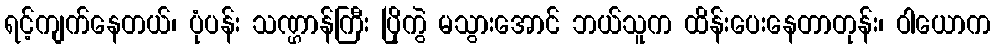
ရင့်ကျက်နေတယ်၊ ပုံပန်း သဏ္ဌာန်ကြီး ပြိုကွဲ မသွားအောင် ဘယ်သူက ထိန်းပေးနေတာတုန်း၊ ဝါယောက